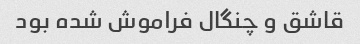
قاشق و چنگال فراموش شده بود